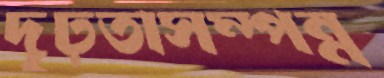
দৃঢ়তাসম্পন্ন